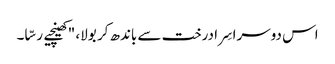
اس دوسرا سِرا درخت سے باندھ کر بولا، "کھینچیے رسّا۔